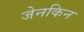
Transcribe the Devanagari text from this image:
जेनकिन